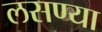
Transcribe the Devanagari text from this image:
लसण्या